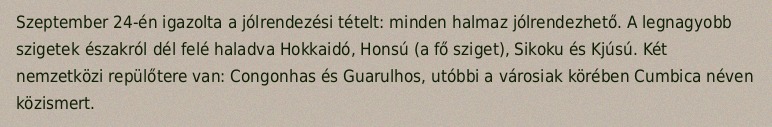
Szeptember 24-én igazolta a jólrendezési tételt: minden halmaz jólrendezhető. A legnagyobb szigetek északról dél felé haladva Hokkaidó, Honsú (a fő sziget), Sikoku és Kjúsú. Két nemzetközi repülőtere van: Congonhas és Guarulhos, utóbbi a városiak körében Cumbica néven közismert.